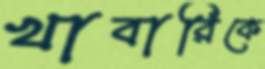
খাবারিকে